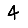
Digit: 4